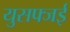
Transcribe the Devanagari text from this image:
युसफ्जई